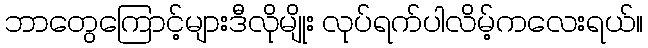
ဘာတွေကြောင့်များဒီလိုမျိုး လုပ်ရက်ပါလိမ့်ကလေးရယ်။